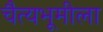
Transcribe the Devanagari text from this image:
चैत्यभूमीला